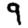
Digit: 9